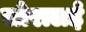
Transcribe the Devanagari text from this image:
लोरालई